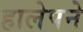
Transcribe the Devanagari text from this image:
हालेपने